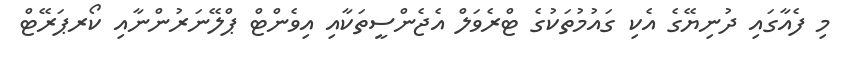
މި ފެއާގައި ދުނިޔޭގެ އެކި ގައުމުތަކުގެ ޓްރެވަލް އެޖެންސީތަކާއި އިވެންޓް ޕްލޭނަރުންނާއި ކޯރޕަރޭޓް